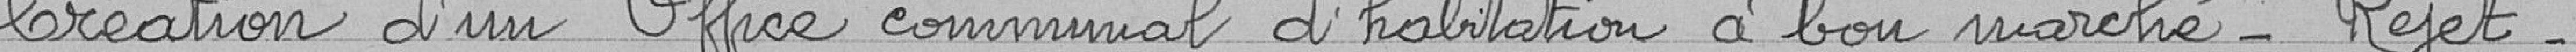
Création d'un office communal d'habitation à bon marché - Rejet-